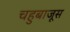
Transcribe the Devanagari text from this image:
चहुबाजूस